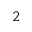
^ 2